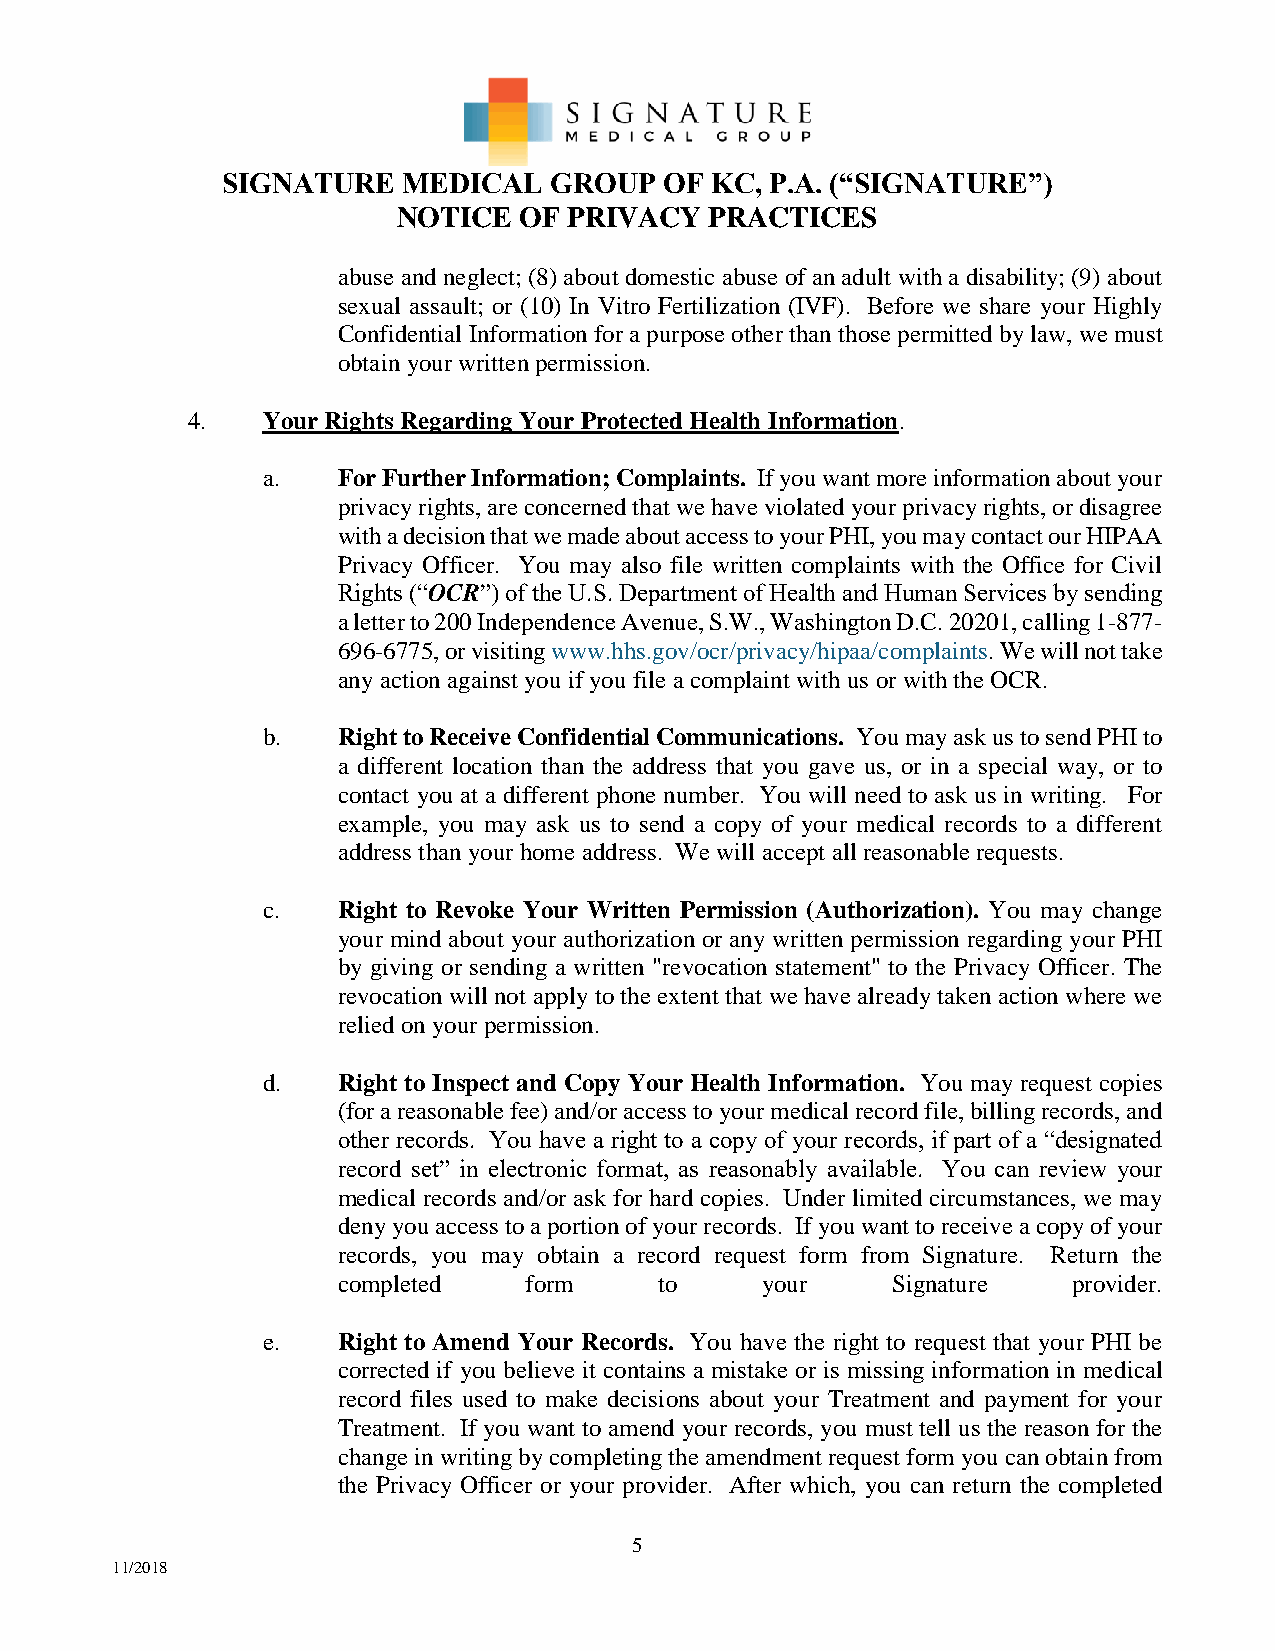
SIGNATURE   MEDICAL  GROUP   OF KC, P.A. (“SIGNATURE”)
 NOTICE  OF  PRIVACY  PRACTICES
 abuse and neglect; (8) about domestic abuse of an adult with a disability; (9) about
 sexual assault; or (10) In Vitro Fertilization (IVF). Before we share your Highly
 Confidential Information for a purpose other than those permitted by law, we must
 obtain your written permission.
 4.   Your Rights Regarding Your Protected Health Information.
 a.   For Further Information; Complaints. If you want more information about your
 privacy rights, are concerned that we have violated your privacy rights, or disagree
 with a decision that we made about access to your PHI, you may contact our HIPAA
 Privacy Officer. You may also file written complaints with the Office for Civil
 Rights (“OCR”) of the U.S. Department of Health and Human Services by sending
 a letter to 200 Independence Avenue, S.W., Washington D.C. 20201, calling 1-877-
 696-6775, or visiting www.hhs.gov/ocr/privacy/hipaa/complaints. We will not take
 any action against you if you file a complaint with us or with the OCR.
 b.   Right to Receive Confidential Communications. You may ask us to send PHI to
 a different location than the address that you gave us, or in a special way, or to
 contact you at a different phone number. You will need to ask us in writing. For
 example, you may ask us to send a copy of your medical records to a different
 address than your home address. We will accept all reasonable requests.
 c.   Right to Revoke Your Written Permission (Authorization). You may change
 your mind about your authorization or any written permission regarding your PHI
 by giving or sending a written "revocation statement" to the Privacy Officer. The
 revocation will not apply to the extent that we have already taken action where we
 relied on your permission.
 d.   Right to Inspect and Copy Your Health Information. You may request copies
 (for a reasonable fee) and/or access to your medical record file, billing records, and
 other records. You have a right to a copy of your records, if part of a “designated
 record set” in electronic format, as reasonably available. You can review your
 medical records and/or ask for hard copies. Under limited circumstances, we may
 deny you access to a portion of your records. If you want to receive a copy of your
 records, you may obtain a record request form from Signature. Return the
 completed    form     to    your     Signature   provider.
 e.   Right to Amend Your Records. You have the right to request that your PHI be
 corrected if you believe it contains a mistake or is missing information in medical
 record files used to make decisions about your Treatment and payment for your
 Treatment. If you want to amend your records, you must tell us the reason for the
 change in writing by completing the amendment request form you can obtain from
 the Privacy Officer or your provider. After which, you can return the completed
 5
 11/2018